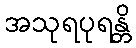
အသုရပုရန္တိ